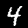
Label: 4